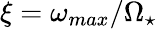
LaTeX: \xi={\omega_{max}}/{\Omega_{\star}}